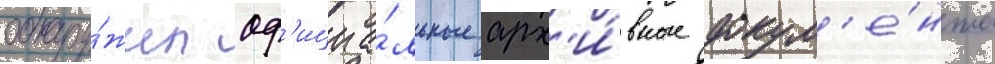
обнару́жил оф'ициа́льные арх'и́вные докум'е́нты